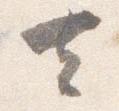
去